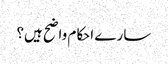
سارے احکام واضح ہیں؟